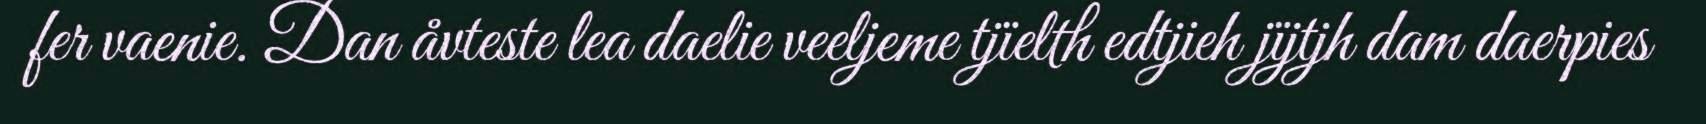
fer vaenie. Dan åvteste lea daelie veeljeme tjïelth edtjieh jïjtjh dam daerpies